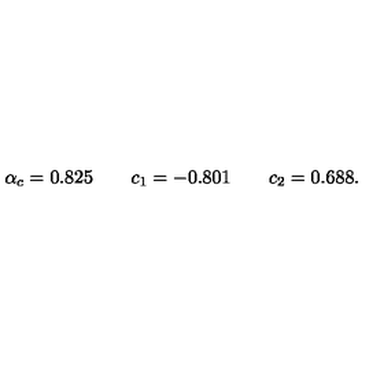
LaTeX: \alpha _ { c } = 0 . 8 2 5 \quad \quad c _ { 1 } = - 0 . 8 0 1 \quad \quad c _ { 2 } = 0 . 6 8 8 .